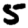
Digit: 5